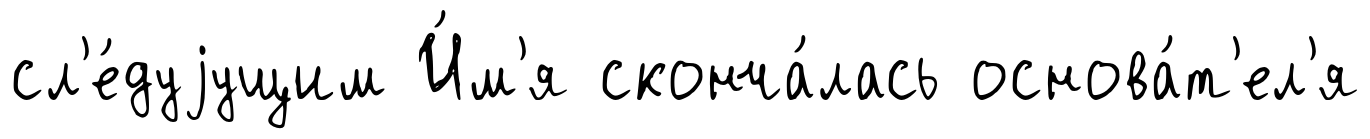
сл'е́дуjущим И́м'я сконча́лась основа́т'ел'я